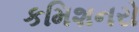
કમિશનરો